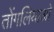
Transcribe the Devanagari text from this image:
तोंगलियाओ